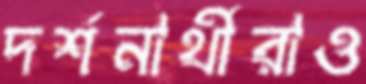
দর্শনার্থীরাও